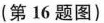
(第16题图)